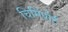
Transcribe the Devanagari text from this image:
चिमिंपोर्ट